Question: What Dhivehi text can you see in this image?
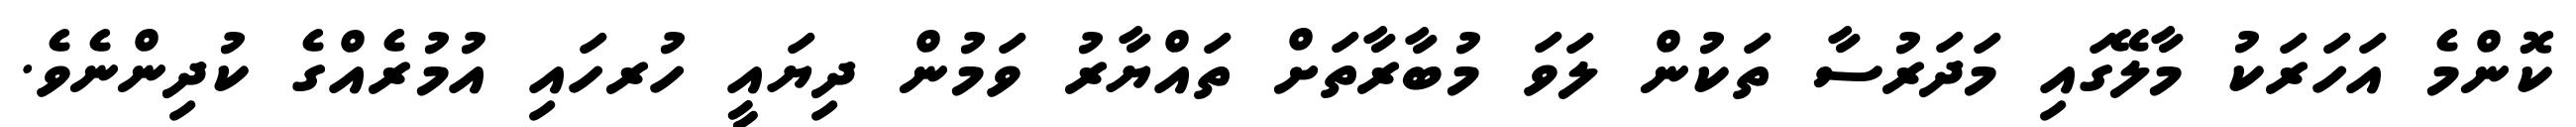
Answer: ކޮންމެ އަހަރަކު މާލޭގައި މަދަރުސާ ތަކުން ލަވަ މުބާރާތަށް ތައްޔާރު ވަމުން ދިޔައީ ހުރހައި އުމުރެއްގެ ކުދިންނެވެ.